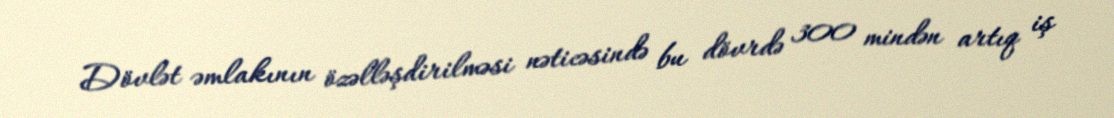
Dövlət əmlakının özəlləşdirilməsi nəticəsində bu dövrdə 300 mindən artıq iş